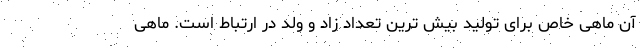
آن ماهی خاص برای تولید بیش ترین تعداد زاد و ولد در ارتباط است. ماهی